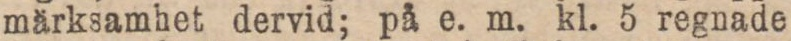
märksamhet dervid; på e. m. kl. 5 regnade